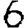
Digit: 6